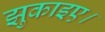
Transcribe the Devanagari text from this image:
झुकाइए।